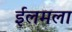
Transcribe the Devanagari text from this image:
ईलमला